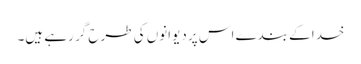
خدا کے بندے اس پر دیوانوں کی طرح گر رہے ہیں۔